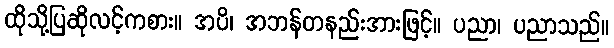
ထိုသို့ပြဆိုလင့်ကစား။ အပိ၊ အဘန်တနည်းအားဖြင့်။ ပညာ၊ ပညာသည်။